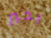
بخير